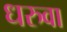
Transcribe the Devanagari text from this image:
धरुवा